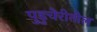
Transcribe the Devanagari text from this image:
पुडुचेरीतील